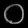
Digit: ၀